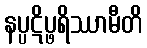
နပ္ပဋိပ္ဖရိဿာမီတိ